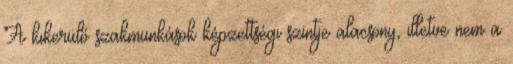
A kikerülő szakmunkások képzettségi szintje alacsony, illetve nem a